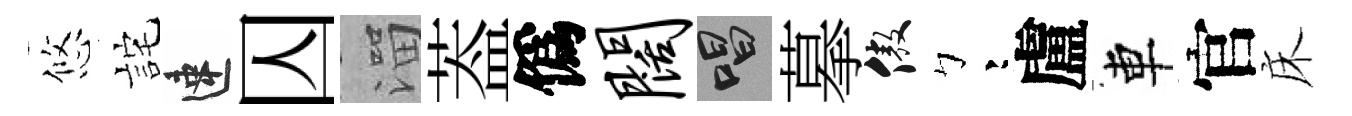
悠詫速囚溜葢僞阔唱摹傲彎盧車官床